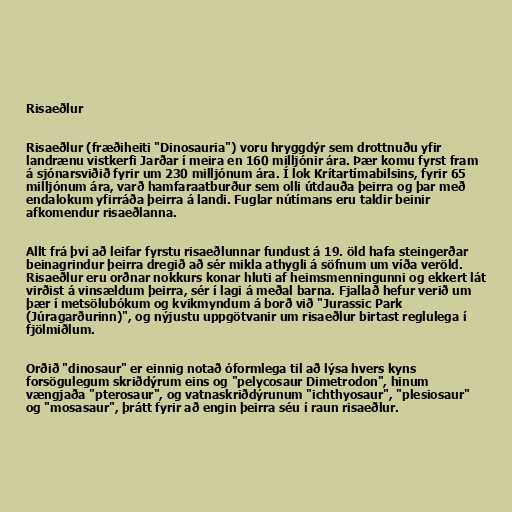
Risaeðlur

Risaeðlur (fræðiheiti "Dinosauria") voru hryggdýr sem drottnuðu yfir
landrænu vistkerfi Jarðar í meira en 160 milljónir ára. Þær komu fyrst fram
á sjónarsviðið fyrir um 230 milljónum ára. Í lok Krítartímabilsins, fyrir 65
milljónum ára, varð hamfaraatburður sem olli útdauða þeirra og þar með
endalokum yfirráða þeirra á landi. Fuglar nútímans eru taldir beinir
afkomendur risaeðlanna.

Allt frá því að leifar fyrstu risaeðlunnar fundust á 19. öld hafa steingerðar
beinagrindur þeirra dregið að sér mikla athygli á söfnum um víða veröld.
Risaeðlur eru orðnar nokkurs konar hluti af heimsmenningunni og ekkert lát
virðist á vinsældum þeirra, sér í lagi á meðal barna. Fjallað hefur verið um
þær í metsölubókum og kvikmyndum á borð við "Jurassic Park
(Júragarðurinn)", og nýjustu uppgötvanir um risaeðlur birtast reglulega í
fjölmiðlum.

Orðið "dinosaur" er einnig notað óformlega til að lýsa hvers kyns
forsögulegum skriðdýrum eins og "pelycosaur Dimetrodon", hinum
vængjaða "pterosaur", og vatnaskriðdýrunum "ichthyosaur", "plesiosaur"
og "mosasaur", þrátt fyrir að engin þeirra séu í raun risaeðlur.